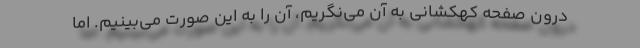
درون صفحهٔ کهکشانی به آن می‌نگریم، آن را به این صورت می‌بینیم. اما